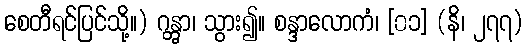
စေတီရင်ပြင်သို့။) ဂန္တွာ၊ သွား၍။ စန္ဒာလောကံ၊ [၀၁] (နိ၊ ၂၇၇)